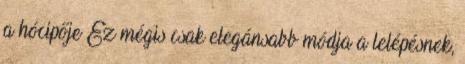
a hócipője Ez mégis csak elegánsabb módja a lelépésnek,